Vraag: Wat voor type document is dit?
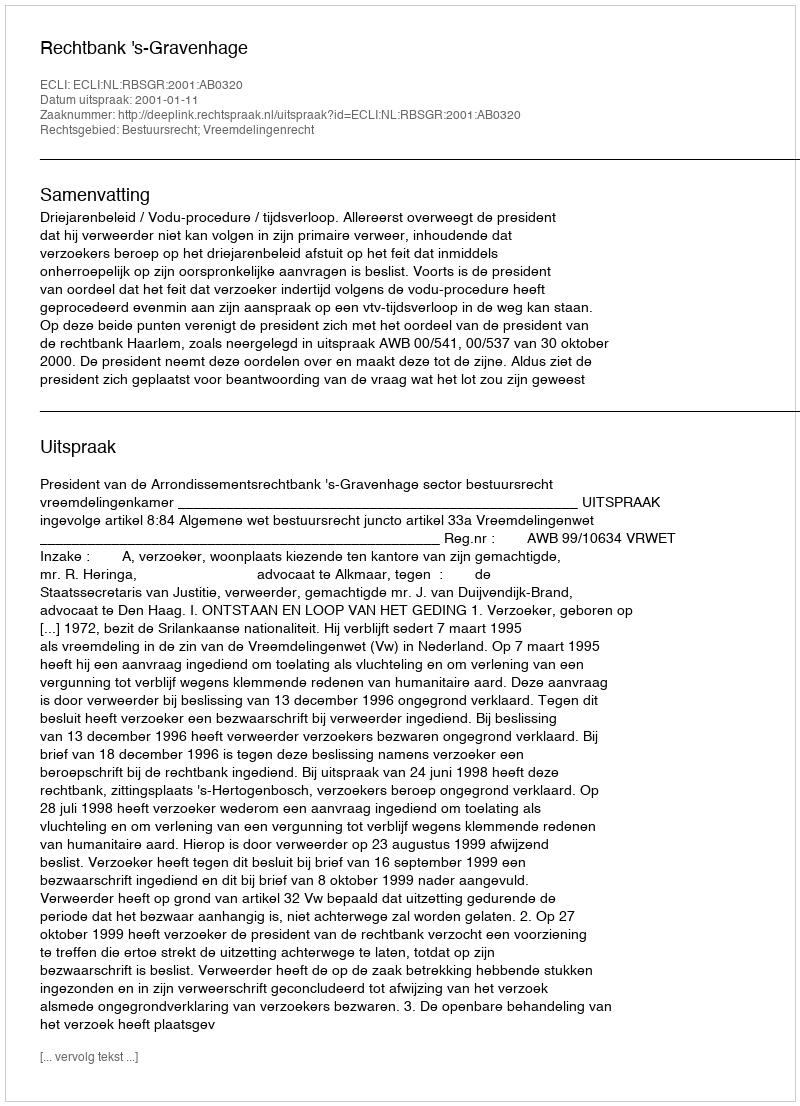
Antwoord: Uitspraak